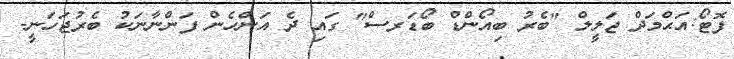
ފޮޓޯ:އަޙްމަދް ޖަލީލް "ބެރު ބިއޯންޑް ބޯޑަރސް" ގައި ދެ އަންހެން ފަންނާނަކު ބެރުޖަހަނީ-